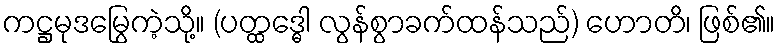
ကဋ္ဌမုဒမြွေကဲ့သို့။ (ပတ္ထဒ္ဓေါ လွန်စွာခက်ထန်သည်) ဟောတိ၊ ဖြစ်၏။